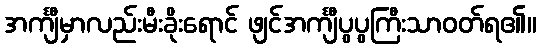
အင်္ကျီမှာလည်းမီးခိုးရောင် ဖျင်အင်္ကျီပွပွကြီးသာဝတ်ရ၏။